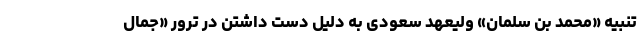
تنبیه «محمد بن سلمان» ولیعهد سعودی به دلیل دست داشتن در ترور «جمال